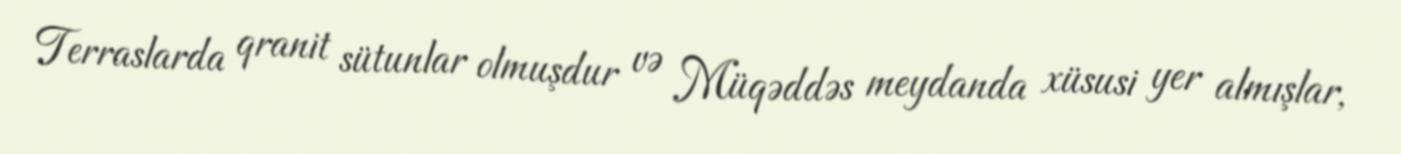
Terraslarda qranit sütunlar olmuşdur və Müqəddəs meydanda xüsusi yer almışlar,